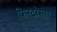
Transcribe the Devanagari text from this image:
फिरदोस्ता